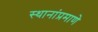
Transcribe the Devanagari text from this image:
स्थानांप्रमाणे